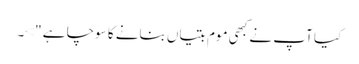
کیا آپ نے کبھی موم بتیاں بنانے کا سوچا ہے ">۔